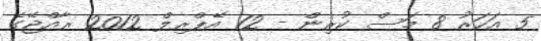
5 އަހަރު 8 މަސް ކުރިން - 12 އޭޕްރިލް 2012 ރާއްޖޭގެ